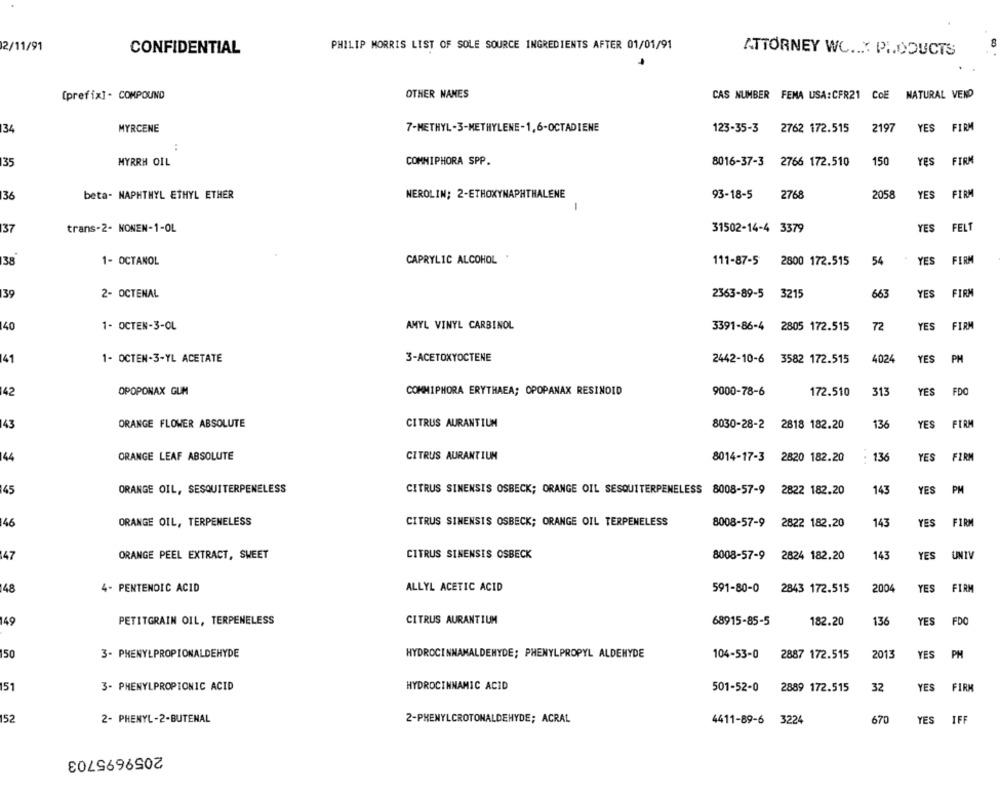
2/11/91
PHILIP MORRIS LIST OF SOLE SOURCE INGREDIENTS AFTER 01/01/91
CONFIDENTIAL
ATTORNEY WC ... PRODUCTS
(prefix]- COMPOUND
OTHER NAMES
CAS NUMBER FEMA USA:CFR21 C
NATURAL VEND
134
MYRCENE
7-METHYL-3-METHYLENE-1,6-OCTADIENE
123-35-3
2762 172.515
2197
YES FIRM
150
FIRM
35
MYRRH OIL
COMMIPHORA SPP.
8016-37-3
2766 172.510
YES
36
beta- NAPHTHYL ETHYL ETHER
NEROLIN: 2-ETHOXYNAPHTHALENE
93-18-5
2768
205
YES
FIRM
-
37
trans-2- NONEN-1-OL
31502-14-4 3379
YES
FELT
38
1- OCTANOL
CAPRYLIC ALCOHOL
111-87-5
2800 172.515
54
YES
FIRM
30
2- OCTENAL
2363-89-5
3215
663
YES
FIRM
40
1- OCTEN-3-OL
AMYL VINYL CARBINOL
3391-86-4
2805 172.515
72
YES
FIRM
41
1- OCTEN-3-YL ACETATE
3-ACETOXYOCTENE
2442-10-6 3582 172.515
4024
YES
PH
42
COMMIPHORA ERYTHAEA; OPOPANAX RESINOID
9000-78-6
172.510
313
YES
FDO
OPOPONAX GUM
143
136
YES
FIRM
ORANGE FLOWER ABSOLUTE
CITRUS AURANTIUM
8030-28-2 2818 182.20
FIRM
144
ORANGE LEAF ABSOLUTE
CITRUS AURANTIUM
8014-17-3
2820 182.20
136
YES
145
ORANGE OIL, SESQUITERPENELESS
CITRUS SINENSIS OSBECK; ORANGE OIL SESQUITERPENELESS 8008-57-9
2822 182.20
143
YES
PM
146
ORANGE OIL, TERPENELESS
CITRUS SINENSIS OSBECK; ORANGE OIL TERPENELESS
8008-57-9
2822 182.20
143
YES
FIRM
147
ORANGE PEEL EXTRACT, SWEET
CITRUS SINENSIS OSBECK
8008-57-9
2824 182.20
143
YES
UNIV
48
4- PENTENOIC ACID
ALLYL ACETIC ACID
591-80-0
2843 172.515
2004
YES
FIRM
149
PETITGRAIN OIL, TERPENELESS
CITRUS AURANTIUM
68915-85-5
182.20
136
YES
FDO
150
3- PHENYLPROPIONALDEHYDE
HYDROCINNAMALDEHYDE; PHENYLPROPYL ALDEHYDE
104-53-0
2887 172.515
2013
YES
PH
151
3- PHENYLPROPIONIC ACID
HYDROCINNAMIC ACID
YES
FIRM
501-52-0
2889 172.515
32
152
2- PHENYL-2-BUTENAL
670
YES
IFF
2-PHENYLCROTONALDEHYDE; ACRAL
4411-89-6 3224
2059695703